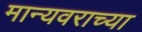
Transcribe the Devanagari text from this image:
मान्यवराच्या